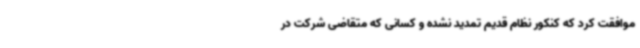
موافقت کرد که کنکور نظام قدیم تمدید نشده و کسانی که متقاضی شرکت در